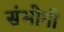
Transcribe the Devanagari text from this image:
संभोगी